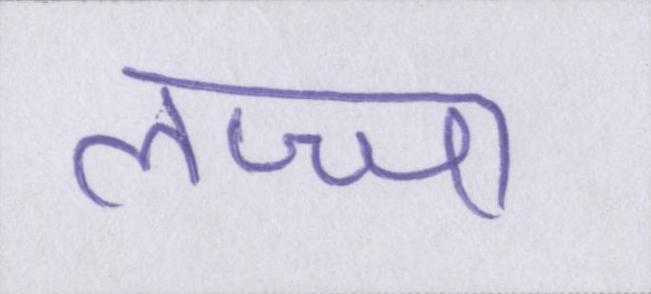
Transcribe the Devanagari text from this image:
लज्जा